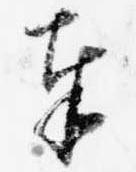
奉